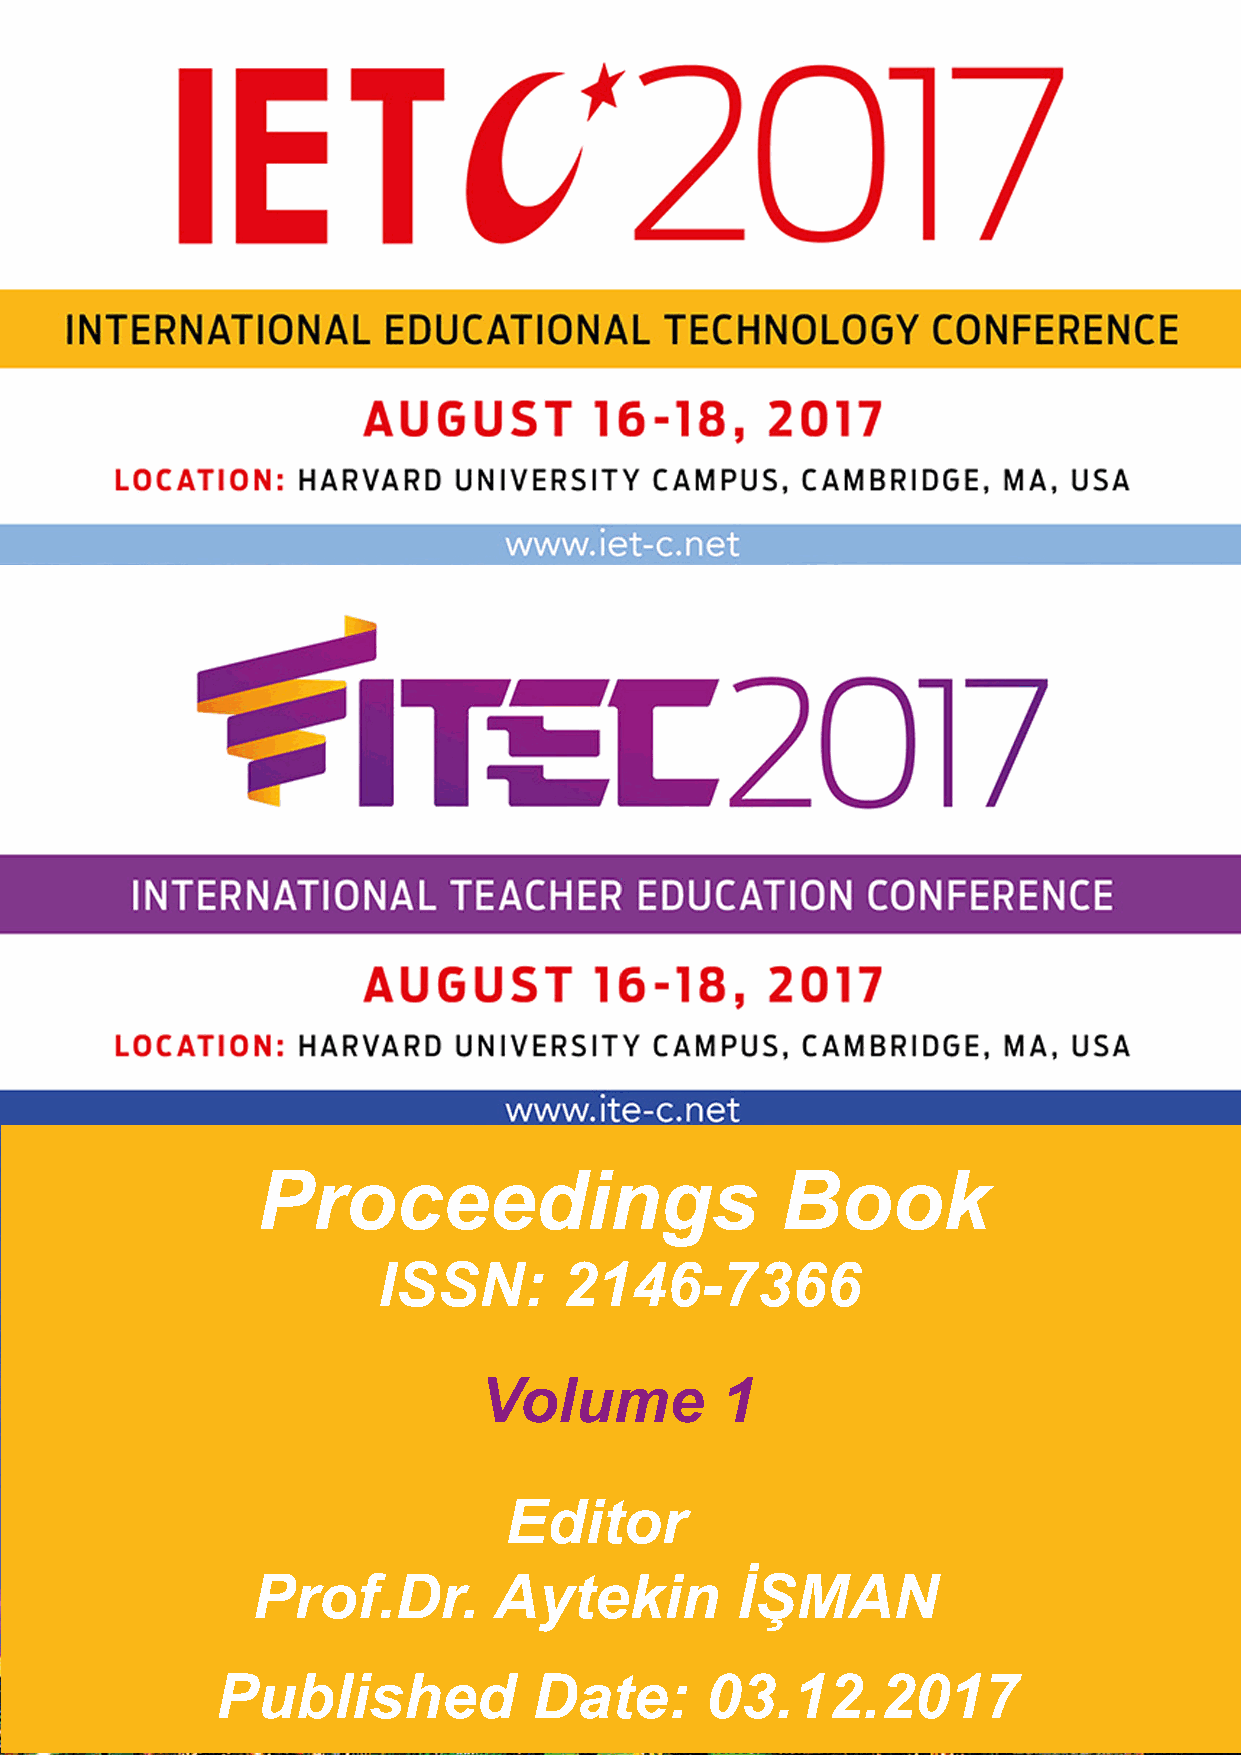
Proceedings                        Book
 ISSN:       2146-7366
 Volume          1
 Editor
 Prof.Dr.        Aytekin         İŞMAN
 Published            Date:       03.12.2017